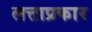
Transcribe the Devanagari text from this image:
लत्ताप्रकार